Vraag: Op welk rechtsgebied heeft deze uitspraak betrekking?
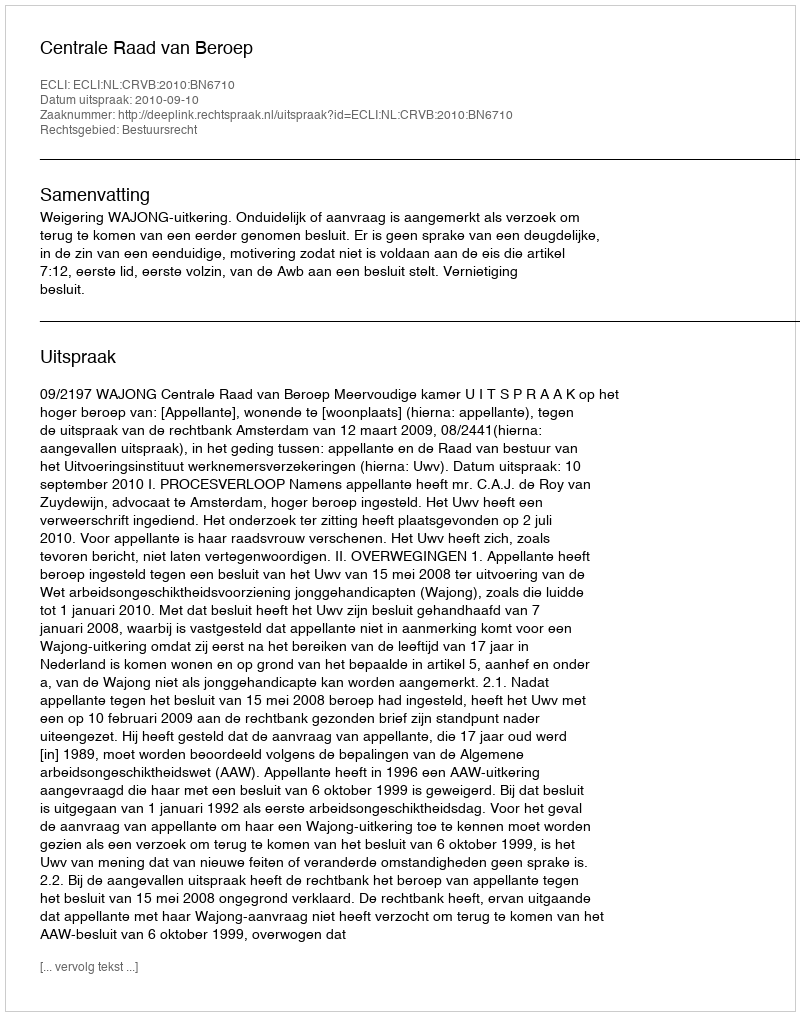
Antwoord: Bestuursrecht